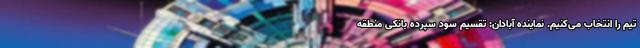
تیم را انتخاب می‌کنیم. نماینده آبادان: تقسیم سود سپرده بانکی منطقه